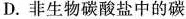
D.非生物碳酸盐中的碳